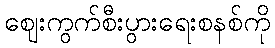
ဈေးကွက်စီးပွားရေးစနစ်ကို